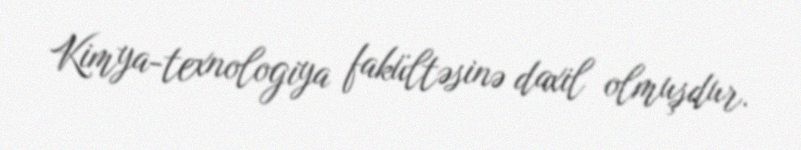
Kimya-texnologiya fakültəsinə daxil olmuşdur.